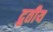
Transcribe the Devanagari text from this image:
द्रुतीय